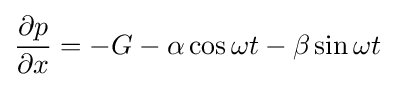
{\frac {\partial p}{\partial x}}=-G-\alpha \cos \omega t-\beta \sin \omega t